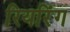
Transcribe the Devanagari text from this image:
रियरिंग